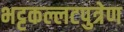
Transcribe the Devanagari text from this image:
भट्टकल्लटपुत्रेण